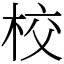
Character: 校